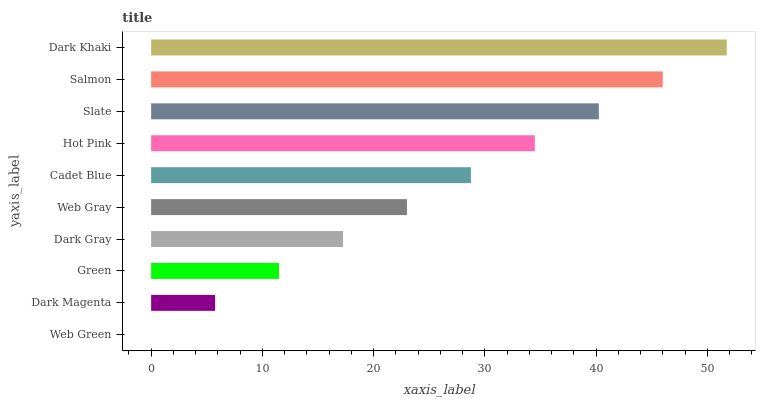
| yaxis_label | bars |
 | --- | --- |
 | Web Green | 0 |
 | Dark Magenta | 5.75 |
 | Green | 11.5 |
 | Dark Gray | 17.2 |
 | Web Gray | 23 |
 | Cadet Blue | 28.7 |
 | Hot Pink | 34.5 |
 | Slate | 40.2 |
 | Salmon | 46 |
 | Dark Khaki | 51.7 |